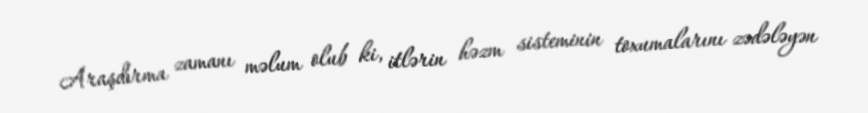
Araşdırma zamanı məlum olub ki, itlərin həzm sisteminin toxumalarını zədələyən